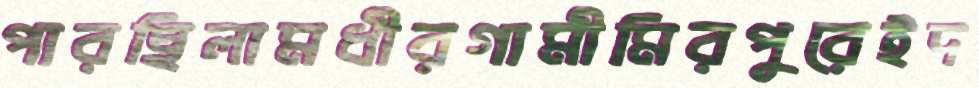
পারছিলামধীরগামীমিরপুরেইদ